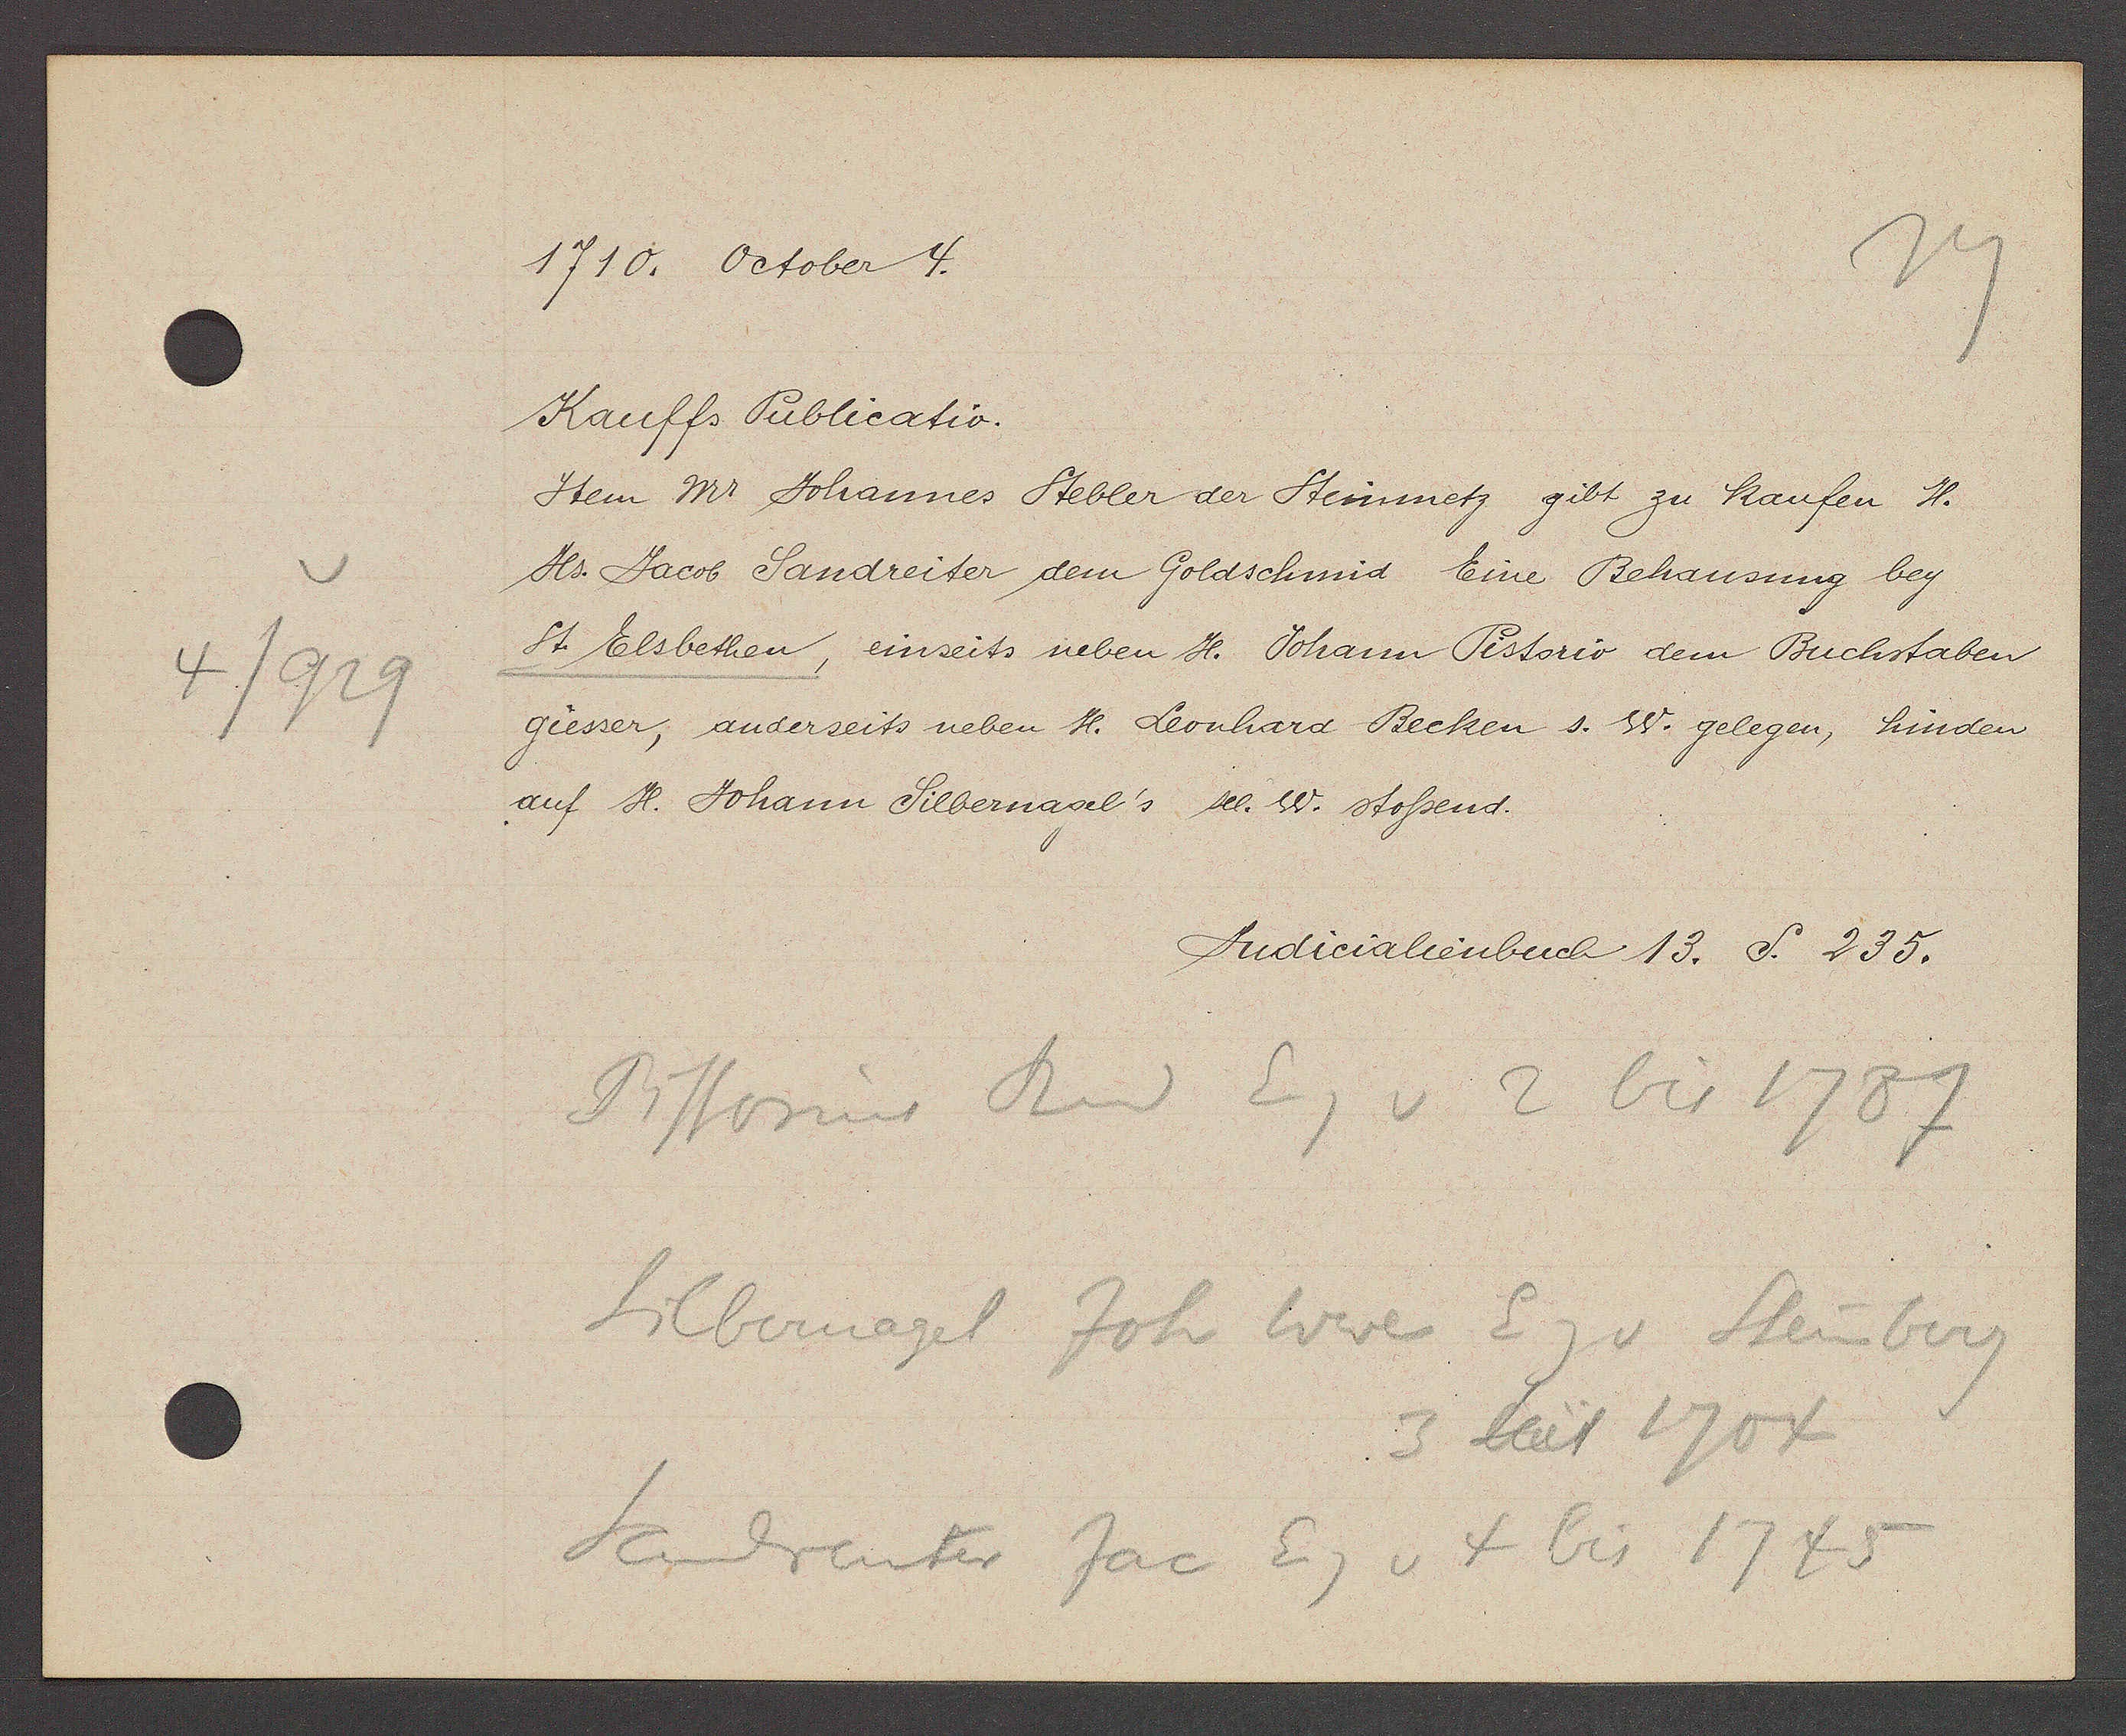
Transcript:
4/929

1710. October 4.

Kauffs Publicatio.
Item Mr. Johannes Stebler der Steinmetz gibt zu kaufen H.
Hs. Jacob Sandreiter dem Goldschmid Eine Behausung bey
St Elsbethen, einseits neben H. Johann Pistorio dem Buchstaben
giesser, anderseits neben H. Leonhard Becken s. W. gelegen, hinden
auf H. Johann Silbernagel's s sel. W. stossend.

Judicialienbuch 13. S. 235.

Pistorins Rud Eig v 2 bis 1787
Silbernagel
Joh Wwe Eg v Steinberg
3 Seit 1704
Sandreiter Jac Eig v 4 bis 1745